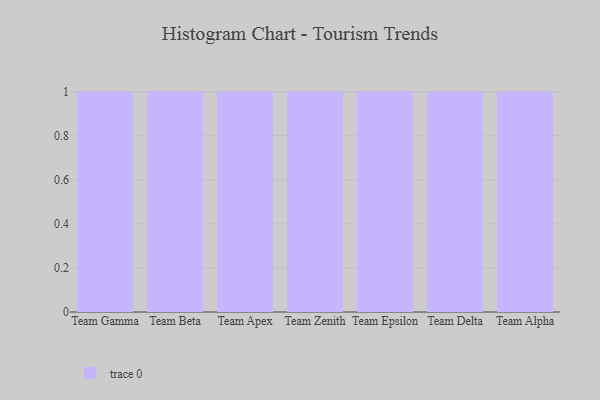
{"axis": {"x": "Team", "y": "Page Views"}, "legend": [""], "data": [{"x": "Team Gamma", "y": 86, "type": ""}, {"x": "Team Beta", "y": 7, "type": ""}, {"x": "Team Apex", "y": 24, "type": ""}, {"x": "Team Zenith", "y": 43, "type": ""}, {"x": "Team Epsilon", "y": 34, "type": ""}, {"x": "Team Delta", "y": 77, "type": ""}, {"x": "Team Alpha", "y": 43, "type": ""}]}